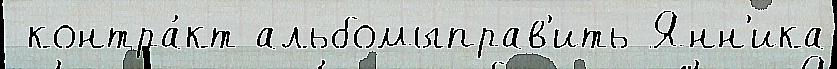
 контра́кт альбомыправ'ить Янн'ика